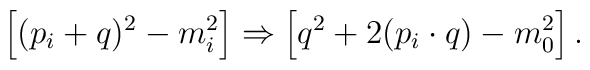
\left[ (p_i+q)^2 - m_i^2 \right]\Rightarrow\left[ q^2 + 2 (p_i\cdot q) - m_0^2 \right] .